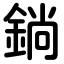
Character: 鋿